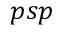
p s p